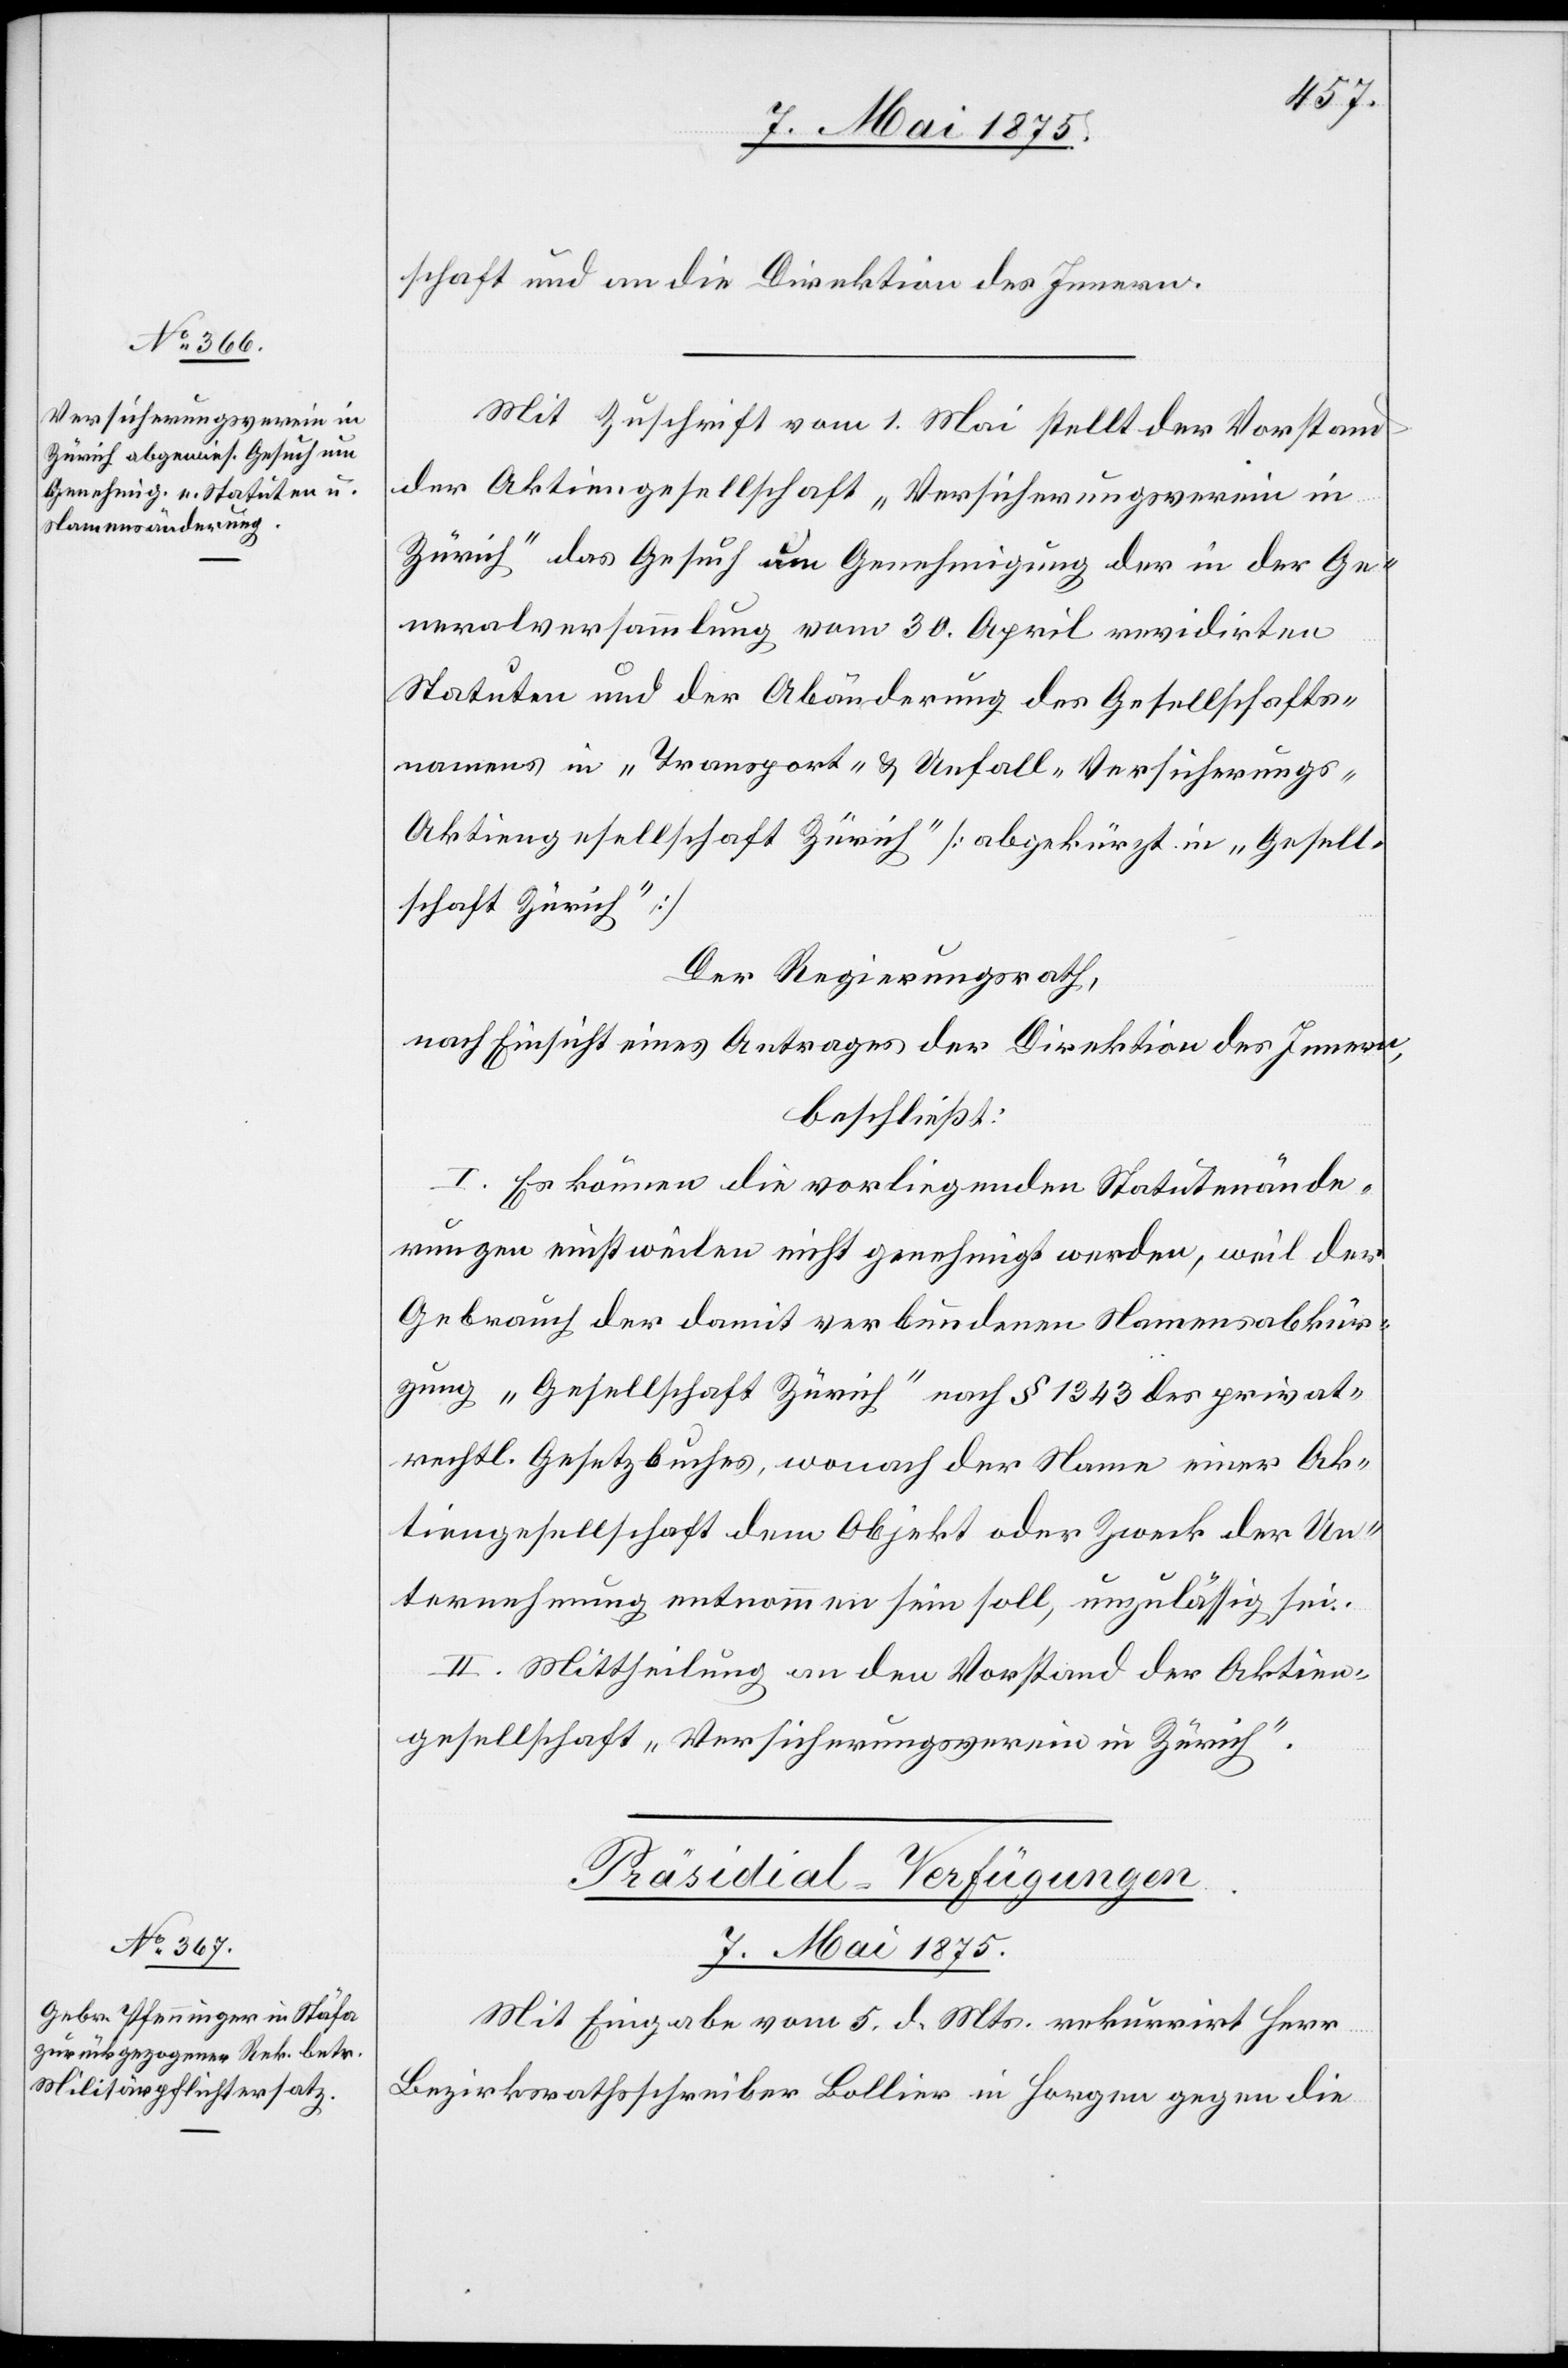
schaft und an die Direktion des Innern.
Mit Zuschrift vom 1. Mai stellt der Vorstand
der Aktiengesellschaft „Versicherungsverein in
Zürich“ das Gesuch um Genehmigung der in der Ge¬
neralversammlung vom 30. April revidirten
Statuten und der Abänderung des Gesellschafts¬
namens in „Transport- & Unfall-Versicherung-A¬
ktiengesellschaft Zürich“ [abgekürzt in „Gesell¬
schaft Zürich“].
Der Regierungsrath,
nach Einsicht eines Antrages der Direktion des Innern,
beschließt:
I. Es können die vorliegenden Statutenände¬
rungen einstweilen nicht genehmigt werden, weil der
Gebrauch der damit verbundenen Namensabkür¬
zung „Gesellschaft Zürich“ nach § 1343 des privat¬
rechtl. Gesetzbuches, wonach der Name einer Ak¬
tiengesellschaft dem Objekt oder Zweck der Un¬
ternehmung entnommen sein soll, unzulässig sei.
II. Mittheilung an den Vorstand der Aktien¬
gesellschaft „Versicherungsverein in Zürich“.
Präsidial-Verfügungen
7. Mai 1875.
Mit Eingabe vom 5. d. Mts. rekurrirt Herr
Bezirksrathschreiber Bollier in Horgen gegen die